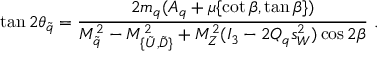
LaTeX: \tan 2 \theta _ { \tilde { q } } = \frac { 2 m _ { q } ( A _ { q } + \mu \{ \cot \beta , \tan \beta \} ) } { M _ { \tilde { q } } ^ { 2 } - M _ { \{ \tilde { U } , \tilde { D } \} } ^ { 2 } + M _ { Z } ^ { 2 } ( I _ { 3 } - 2 Q _ { q } s _ { W } ^ { 2 } ) \cos 2 \beta } \ .